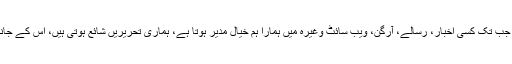
اس کا کہنا تھا، اس رجحان کا نتیجہ یہ ہے کہ جب تک کسی اخبار، رسالے، آرگن، ویب سائٹ وغیرہ میں ہمارا ہم خیال مدیر ہوتا ہے، ہماری تحریریں شائع ہوتی ہیں، اس کے جانے کے ساتھ ہی وہ میدان ہم سے چھن جاتا ہے۔